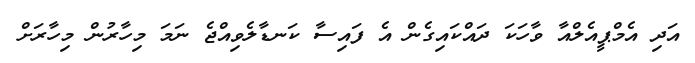
އަދި އެމްޕީއެލްއާ ވާހަކަ ދައްކައިގެން އެ ފައިސާ ކަނޑާލެވިއްޖެ ނަމަ މިހާރުން މިހާރަށް